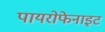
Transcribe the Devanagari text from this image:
पायरोफेनाइट